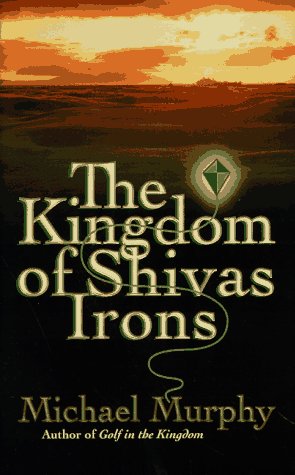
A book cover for The Kingdom of Shivas Irons; Michael Murphy; Sports & Outdoors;